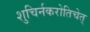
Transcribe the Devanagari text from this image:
शुचिर्नकरोतिचेत्